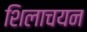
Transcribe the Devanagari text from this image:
शिलाचयन